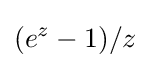
(e^{z}-1)/z